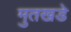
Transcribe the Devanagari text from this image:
मुतखडे